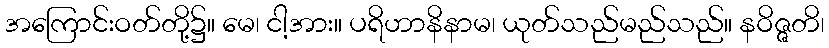
အကြောင်းဝတ်တို့၌။ မေ၊ ငါ့အား။ ပရိဟာနိနာမ၊ ယုတ်သည်မည်သည်။ နဝိဇ္ဇတိ၊